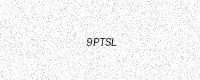
Text: 9PTSL